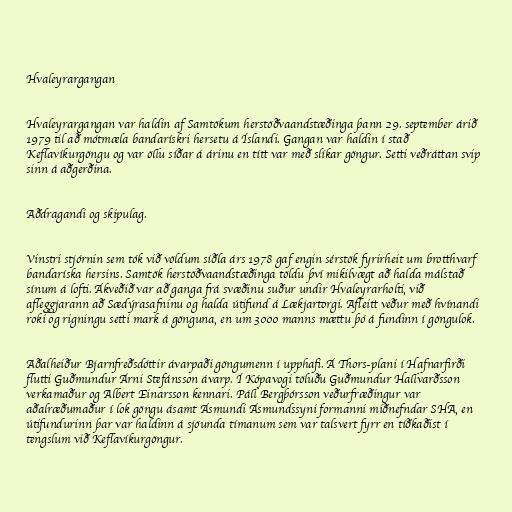
Hvaleyrargangan

Hvaleyrargangan var haldin af Samtökum herstöðvaandstæðinga þann 29. september árið
1979 til að mótmæla bandarískri hersetu á Íslandi. Gangan var haldin í stað
Keflavíkurgöngu og var öllu síðar á árinu en títt var með slíkar göngur. Setti veðráttan svip
sinn á aðgerðina.

Aðdragandi og skipulag.

Vinstri stjórnin sem tók við völdum síðla árs 1978 gaf engin sérstök fyrirheit um brotthvarf
bandaríska hersins. Samtök herstöðvaandstæðinga töldu því mikilvægt að halda málstað
sínum á lofti. Ákveðið var að ganga frá svæðinu suður undir Hvaleyrarholti, við
afleggjarann að Sædýrasafninu og halda útifund á Lækjartorgi. Afleitt veður með hvínandi
roki og rigningu setti mark á gönguna, en um 3000 manns mættu þó á fundinn í göngulok.

Aðalheiður Bjarnfreðsdóttir ávarpaði göngumenn í upphafi. Á Thors-plani í Hafnarfirði
flutti Guðmundur Árni Stefánsson ávarp. Í Kópavogi töluðu Guðmundur Hallvarðsson
verkamaður og Albert Einarsson kennari. Páll Bergþórsson veðurfræðingur var
aðalræðumaður í lok göngu ásamt Ásmundi Ásmundssyni formanni miðnefndar SHA, en
útifundurinn þar var haldinn á sjöunda tímanum sem var talsvert fyrr en tíðkaðist í
tengslum við Keflavíkurgöngur.